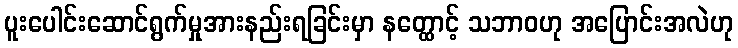
ပူးပေါင်းဆောင်ရွက်မှုအားနည်းရခြင်းမှာ နတ္ထောင့် သဘာဝဟု အပြောင်းအလဲဟု